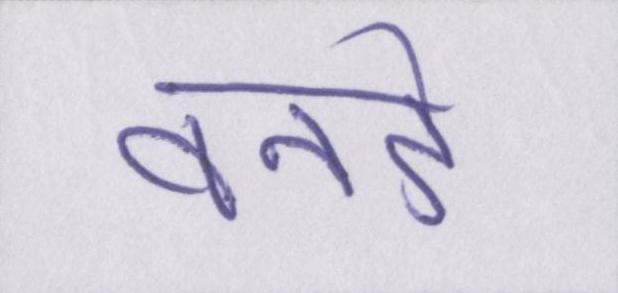
वनडे